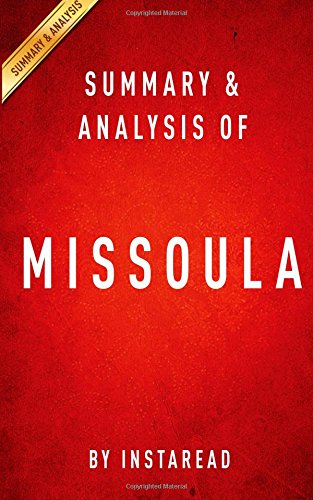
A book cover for Summary & Analysis of Missoula: Rape and the Justice System in a College Town; Instaread; Law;